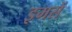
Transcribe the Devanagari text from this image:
इमसें